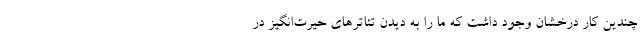
چندین کار درخشان وجود داشت که ما را به دیدن تئاتر‌های حیرت‌انگیز در